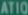
Transcription